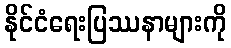
နိုင်ငံရေးပြဿနာများကို